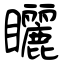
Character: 矖